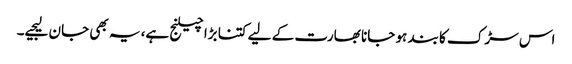
اس سڑک کا بند ہو جانا بھارت کے لیے کتنا بڑا چیلنج ہے، یہ بھی جان لیجیے۔